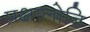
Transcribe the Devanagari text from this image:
प्रक्षालोनि